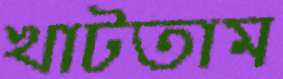
খাটতাম